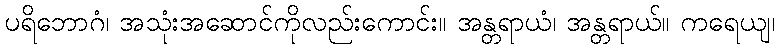
ပရိဘောဂံ၊ အသုံးအဆောင်ကိုလည်းကောင်း။ အန္တရာယံ၊ အန္တရာယ်။ ကရေယျ၊